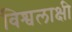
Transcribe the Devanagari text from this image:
विश्वलाक्षी